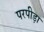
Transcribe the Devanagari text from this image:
परपीड़ा